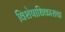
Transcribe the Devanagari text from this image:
विशेषाधिकाराचा